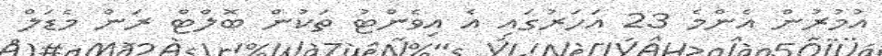
އުުމުރުން އެންމެ 23 އަހަރުގައި އެ އިވެންޓު ތަކުން ބޮލްޓް ރަން މެޑަލް